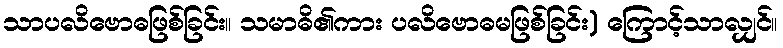
သာပလိဗောဓဖြစ်ခြင်း။ သမာဓိ၏ကား ပလိဗောဓမဖြစ်ခြင်း) ကြောင့်သာလျှင်။